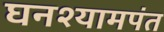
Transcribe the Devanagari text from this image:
घनश्यामपंत